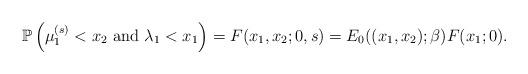
LaTeX: \begin{align*}\mathbb P\left(\mu_1^{(s)}<x_2\mbox{ and }\lambda_1<x_1\right)=F(x_1,x_2;0,s)=E_0((x_1,x_2);\beta)F(x_{1};0).\end{align*}